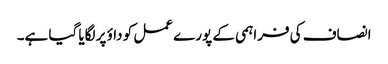
انصاف کی فراہمی کے پورے عمل کو داؤ پر لگایا گیا ہے۔